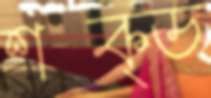
শক্ড